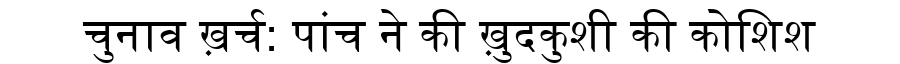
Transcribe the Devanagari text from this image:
चुनाव ख़र्च: पांच ने की ख़ुदकुशी की कोशिश